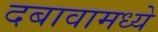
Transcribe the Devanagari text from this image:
दबावामध्ये